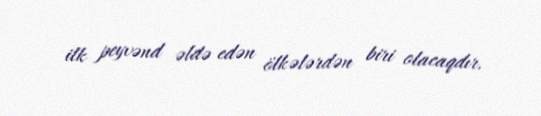
ilk peyvənd əldə edən ölkələrdən biri olacaqdır.